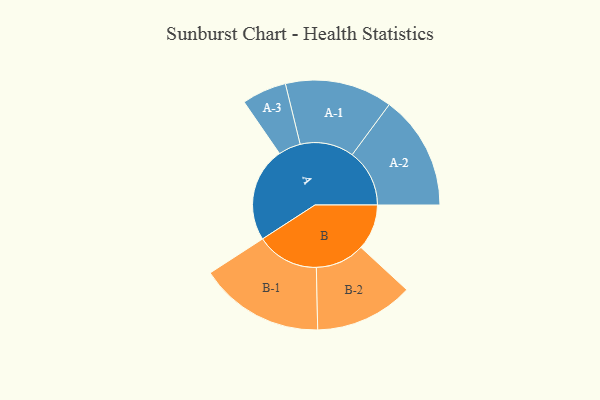
{"axis": {"x": "Segment", "y": "Value"}, "legend": ["", "A", "B"], "data": [{"x": "A", "y": 424, "type": ""}, {"x": "B", "y": 205, "type": ""}, {"x": "A-1", "y": 241, "type": "A"}, {"x": "A-2", "y": 257, "type": "A"}, {"x": "A-3", "y": 100, "type": "A"}, {"x": "B-1", "y": 280, "type": "B"}, {"x": "B-2", "y": 221, "type": "B"}]}